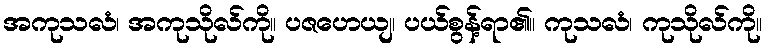
အကုသလံ၊ အကုသိုလ်ကို။ ပဇဟေယျ၊ ပယ်စွန့်ရာ၏။ ကုသလံ၊ ကုသိုလ်ကို။